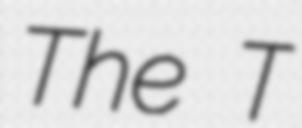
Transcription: The T